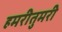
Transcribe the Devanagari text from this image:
हमरीतुमरी